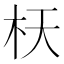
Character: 𣏿